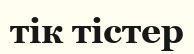
тік тістер